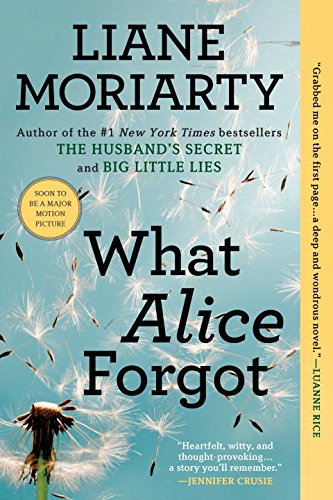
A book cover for What Alice Forgot; Liane Moriarty; Mystery, Thriller & Suspense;